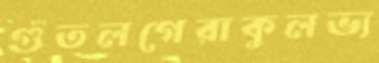
গুঁতলগেরাকুলভ্য